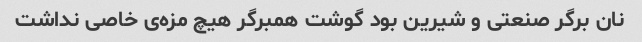
نان برگر صنعتی و شیرین بود گوشت همبرگر هیچ مزه‌ی خاصی نداشت